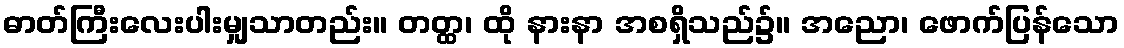
ဓာတ်ကြီးလေးပါးမျှသာတည်း။ တတ္ထ၊ ထို နားနာ အစရှိသည်၌။ အညော၊ ဖောက်ပြန်သော